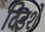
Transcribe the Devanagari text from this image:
दिडशे